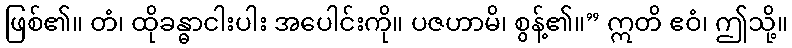
ဖြစ်၏။ တံ၊ ထိုခန္ဓာငါးပါး အပေါင်းကို။ ပဇဟာမိ၊ စွန့်၏။” ဣတိ ဧဝံ၊ ဤသို့။